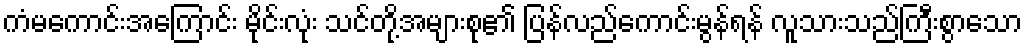
ကံမကောင်းအကြောင်း မိုင်းလုံး သင်တို့အများစု၏ ပြန်လည်ကောင်းမွန်ရန် လူသားသည်ကြီးစွာသော